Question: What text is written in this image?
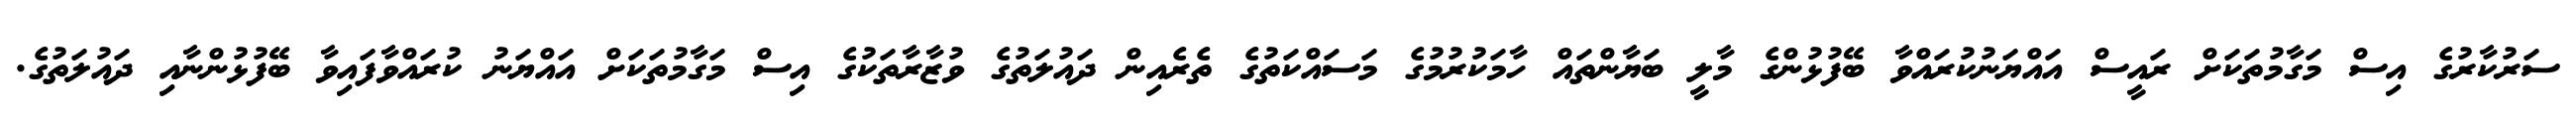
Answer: ސަރުކާރުގެ އިސް މަގާމުތަކަށް ރައީސް އައްޔަނުކުރައްވާ ބޭފުޅުންގެ މާލީ ބަޔާންތައް ހާމަކުރުމުގެ މަސައްކަތުގެ ތެރެއިން ދައުލަތުގެ ވުޒާރާތަކުގެ އިސް މަގާމުތަކަށް އައްޔަނު ކުރައްވާފައިވާ ބޭފުޅުންނާއި ދައުލަތުގެ.